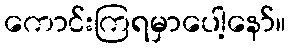
ကောင်းကြရမှာပေါ့နော်။